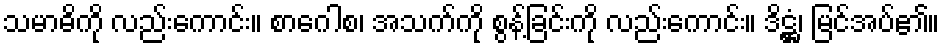
သမာဓိကို လည်းကောင်း။ စာဂေါစ၊ အသက်ကို စွန့်ခြင်းကို လည်းကောင်း။ ဒိဋ္ဌံ၊ မြင်အပ်၏။